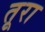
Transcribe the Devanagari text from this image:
तूरा